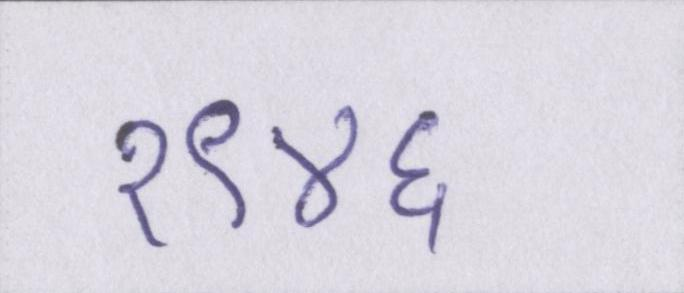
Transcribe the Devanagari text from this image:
१९४६